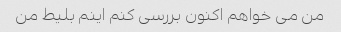
من می خواهم اکنون بررسی کنم اینم بلیط من